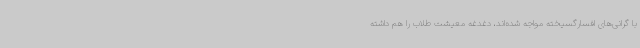
با گرانی‌های افسارگسیخته مواجه شده‌اند، دغدغه معیشت طلاب را هم داشته